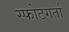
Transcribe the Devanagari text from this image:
स्फोटगर्ता